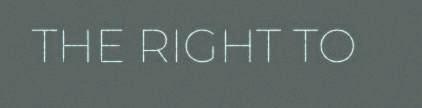
THE RIGHT TO